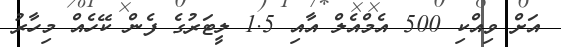
އަށް ވިއްކި 500 އެމްއެލް އާއި 1.5 ލީޓަރުގެ ފެން ކޭހެއް މިހާރު